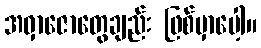
အဝှာဇောတွေချည်း ဖြစ်မှာပေါ့။